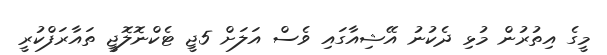
މީގެ އިތުރުން މުޅި ދެކުނު އޭޝިއާގައި ވެސް އަލަށް 5ޖީ ޓެކްނޮލޮޖީ ތައާރަފްކުރީ